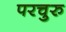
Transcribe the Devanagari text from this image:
परचुरु